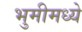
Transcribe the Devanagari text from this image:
भुमीमध्ये